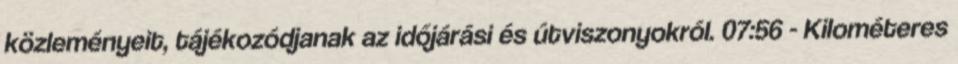
közleményeit, tájékozódjanak az időjárási és útviszonyokról. 07:56 - Kilométeres